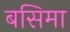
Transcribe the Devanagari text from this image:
बसिमा